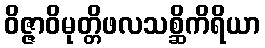
ဝိဇ္ဇာဝိမုတ္တိဖလသစ္ဆိကိရိယာ